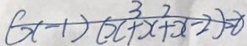
( x - 1 ) ( x ^ { 3 } + x ^ { 2 } + x - 2 ) = 0